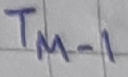
Text: TM-1